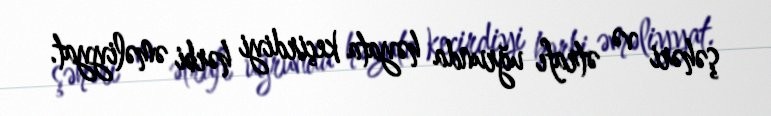
şəhəri və ətrafı uğrunda həyata keçirdiyi hərbi əməliyyat.